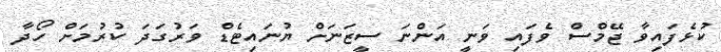
ކުޅެފައިވާ ޖޭމްސް ވެފައި ވަނީ އަންނަ ސީޒަނަށް ޔުނައިޓެޑް ވަރުގަދަ ކުރުމަށް ހޯދާ